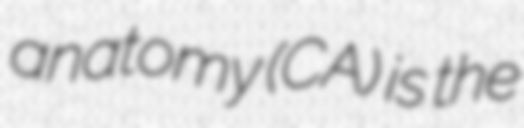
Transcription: anatomy (CA) is the